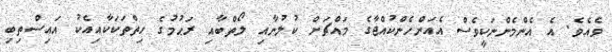
ވެއެވެ. އެ އެންމެންނަކީވެސް އެއަންހެންކުއްޖާގެ މައްޗަށް ކުލުނާއި ލޯތްބާއި ރަޙުމުގެ ހިތްތަކަކާއިއެކު އައިސްތިބި